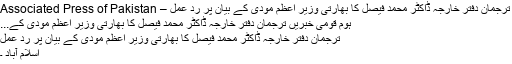
ترجمان دفتر خارجہ ڈاکٹر محمد فیصل کا بھارتی وزیر اعظم مودی کے بیان پر رد عمل – Associated Press of Pakistan
ہوم قومی خبریں ترجمان دفتر خارجہ ڈاکٹر محمد فیصل کا بھارتی وزیر اعظم مودی کے...
ترجمان دفتر خارجہ ڈاکٹر محمد فیصل کا بھارتی وزیر اعظم مودی کے بیان پر رد عمل
اسلام آباد ۔